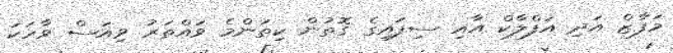
މަފާޒް އަދި އަފްލާކް އާއި ސިފައިގެ ގޮތުން ކިތަންމެ ވައްތަރު ވިއަސް ވާހަކަ